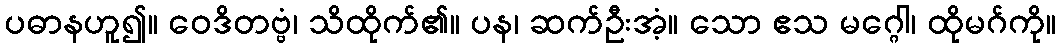
ပဓာနဟူ၍။ ဝေဒိတဗ္ဗံ၊ သိထိုက်၏။ ပန၊ ဆက်ဦးအံ့။ သော ဧသ မဂ္ဂေါ၊ ထိုမဂ်ကို။